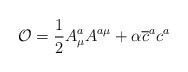
\begin{align*}\mathcal{O}=\frac{1}{2}A_{\mu }^{a}A^{a\mu }+\alpha \overline{c}^{a}c^{a}\end{align*}